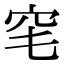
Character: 𥤭